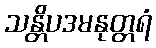
သန္တိပဒမနုတ္တရံ